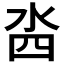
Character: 𣳉